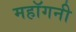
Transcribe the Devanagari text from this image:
महाॅगनी